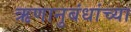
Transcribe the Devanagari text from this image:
ऋणानुबंधांच्या